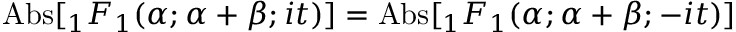
{ \mathrm { A b s } } [ { } _ { 1 } F _ { 1 } ( \alpha ; \alpha + \beta ; i t ) ] = { \mathrm { A b s } } [ { } _ { 1 } F _ { 1 } ( \alpha ; \alpha + \beta ; - i t ) ]